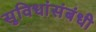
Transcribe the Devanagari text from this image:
सुविधांसंबंधी